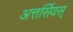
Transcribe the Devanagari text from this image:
अत्तर्सियस्